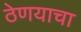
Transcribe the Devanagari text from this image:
ठेणयाचा